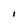
Character: I